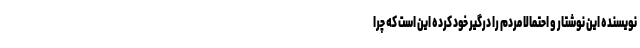
نویسنده این نوشتار و احتمالا مردم را درگیر خود کرده این است که چرا